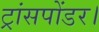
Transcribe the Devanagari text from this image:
ट्रांसपोंडर।